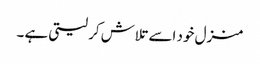
منزل خود اسے تلاش کر لیتی ہے ۔